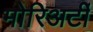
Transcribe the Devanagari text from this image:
मोरिअर्टी